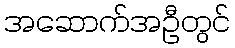
အဆောက်အဦတွင်